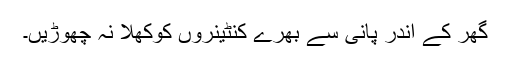
گھر کے اندر پانی سے بھرے کنٹینروں کوکھلا نہ چھوڑیں۔